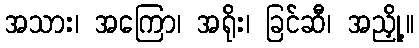
အသား၊ အကြော၊ အရိုး၊ ခြင်ဆီ၊ အညှို့။